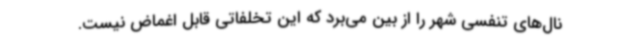
نال‌های تنفسی شهر را از بین می‌برد که این تخلفاتی قابل اغماض نیست.